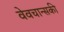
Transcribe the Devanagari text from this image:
वेवचान्सकी